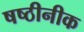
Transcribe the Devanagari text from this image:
षष्ठीनीक